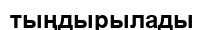
тыңдырылады